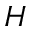
H